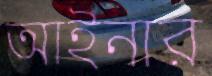
আইনার